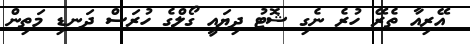
އޭރިއާ ތެރޭ ހުރެ ނެގި ޝޮޓު ދިޔައީ ގޯލްގެ ހުރަސް ދަނޑި މަތިން